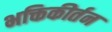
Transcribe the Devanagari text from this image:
भक्तिकीर्तन